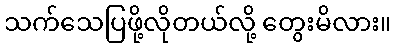
သက်သေပြဖို့လိုတယ်လို့ တွေးမိလား။